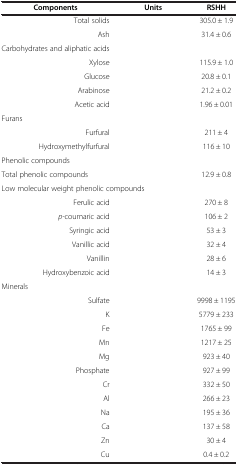
<table><thead><tr><td><b>Components</b></td><td><b>Units</b></td><td><b>RSHH</b></td></tr></thead><tbody><tr><td>Total solids</td><td>[EMPTY_CELL]</td><td>305.0 ± 1.9</td></tr><tr><td>Ash</td><td>[EMPTY_CELL]</td><td>31.4 ± 0.6</td></tr><tr><td>Carbohydrates and aliphatic acids</td><td>[EMPTY_CELL]</td><td>[EMPTY_CELL]</td></tr><tr><td>Xylose</td><td>[EMPTY_CELL]</td><td>115.9 ± 1.0</td></tr><tr><td>Glucose</td><td>[EMPTY_CELL]</td><td>20.8 ± 0.1</td></tr><tr><td>Arabinose</td><td>[EMPTY_CELL]</td><td>21.2 ± 0.2</td></tr><tr><td>Acetic acid</td><td>[EMPTY_CELL]</td><td>1.96 ± 0.01</td></tr><tr><td>Furans</td><td>[EMPTY_CELL]</td><td>[EMPTY_CELL]</td></tr><tr><td>Furfural</td><td>[EMPTY_CELL]</td><td>211 ± 4</td></tr><tr><td>Hydroxymethylfurfural</td><td>[EMPTY_CELL]</td><td>116 ± 10</td></tr><tr><td>Phenolic compounds</td><td>[EMPTY_CELL]</td><td>[EMPTY_CELL]</td></tr><tr><td>Total phenolic compounds</td><td>[EMPTY_CELL]</td><td>12.9 ± 0.8</td></tr><tr><td>Low molecular weight phenolic compounds</td><td>[EMPTY_CELL]</td><td>[EMPTY_CELL]</td></tr><tr><td>Ferulic acid</td><td>[EMPTY_CELL]</td><td>270 ± 8</td></tr><tr><td><i>p-</i>coumaric acid</td><td>[EMPTY_CELL]</td><td>106 ± 2</td></tr><tr><td>Syringic acid</td><td>[EMPTY_CELL]</td><td>53 ± 3</td></tr><tr><td>Vanillic acid</td><td>[EMPTY_CELL]</td><td>32 ± 4</td></tr><tr><td>Vanillin</td><td>[EMPTY_CELL]</td><td>28 ± 6</td></tr><tr><td>Hydroxybenzoic acid</td><td>[EMPTY_CELL]</td><td>14 ± 3</td></tr><tr><td>Minerals</td><td>[EMPTY_CELL]</td><td>[EMPTY_CELL]</td></tr><tr><td>Sulfate</td><td>[EMPTY_CELL]</td><td>9998 ± 1195</td></tr><tr><td>K</td><td>[EMPTY_CELL]</td><td>5779 ± 233</td></tr><tr><td>Fe</td><td>[EMPTY_CELL]</td><td>1765 ± 99</td></tr><tr><td>Mn</td><td>[EMPTY_CELL]</td><td>1217 ± 25</td></tr><tr><td>Mg</td><td>[EMPTY_CELL]</td><td>923 ± 40</td></tr><tr><td>Phosphate</td><td>[EMPTY_CELL]</td><td>927 ± 99</td></tr><tr><td>Cr</td><td>[EMPTY_CELL]</td><td>332 ± 50</td></tr><tr><td>Al</td><td>[EMPTY_CELL]</td><td>266 ± 23</td></tr><tr><td>Na</td><td>[EMPTY_CELL]</td><td>195 ± 36</td></tr><tr><td>Ca</td><td>[EMPTY_CELL]</td><td>137 ± 58</td></tr><tr><td>Zn</td><td>[EMPTY_CELL]</td><td>30 ± 4</td></tr><tr><td>Cu</td><td>[EMPTY_CELL]</td><td>0.4 ± 0.2</td></tr></tbody></table>